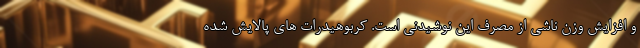
و افزایش وزن ناشی از مصرف این نوشیدنی است. کربوهیدرات های پالایش شده